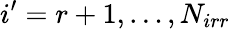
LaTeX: i^{\prime}=r+1,\dots,N_{irr}